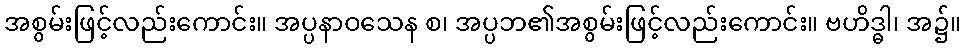
အစွမ်းဖြင့်လည်းကောင်း။ အပ္ပနာဝသေန စ၊ အပ္ပဘ၏အစွမ်းဖြင့်လည်းကောင်း။ ဗဟိဒ္ဓါ၊ အ၌။